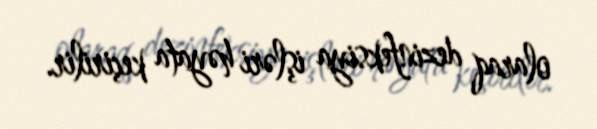
olaraq dezinfeksiya işləri həyata keçirilir.